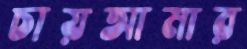
চায়আমার